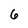
Character: 6